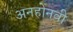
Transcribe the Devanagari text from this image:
अनहोनवी